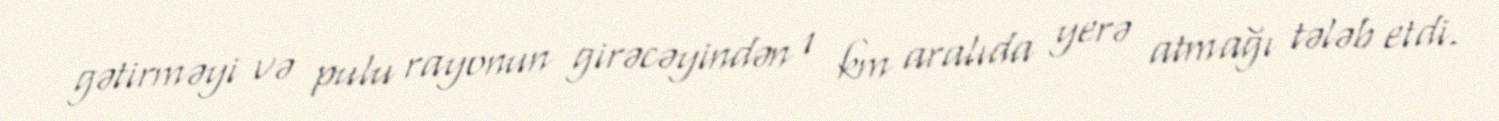
gətirməyi və pulu rayonun girəcəyindən 1 km aralıda yerə atmağı tələb etdi.